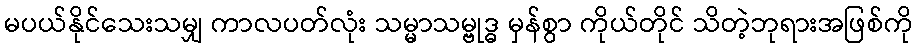
မပယ်နိုင်သေးသမျှ ကာလပတ်လုံး သမ္မာသမ္ဗုဒ္ဓ မှန်စွာ ကိုယ်တိုင် သိတဲ့ဘုရားအဖြစ်ကို